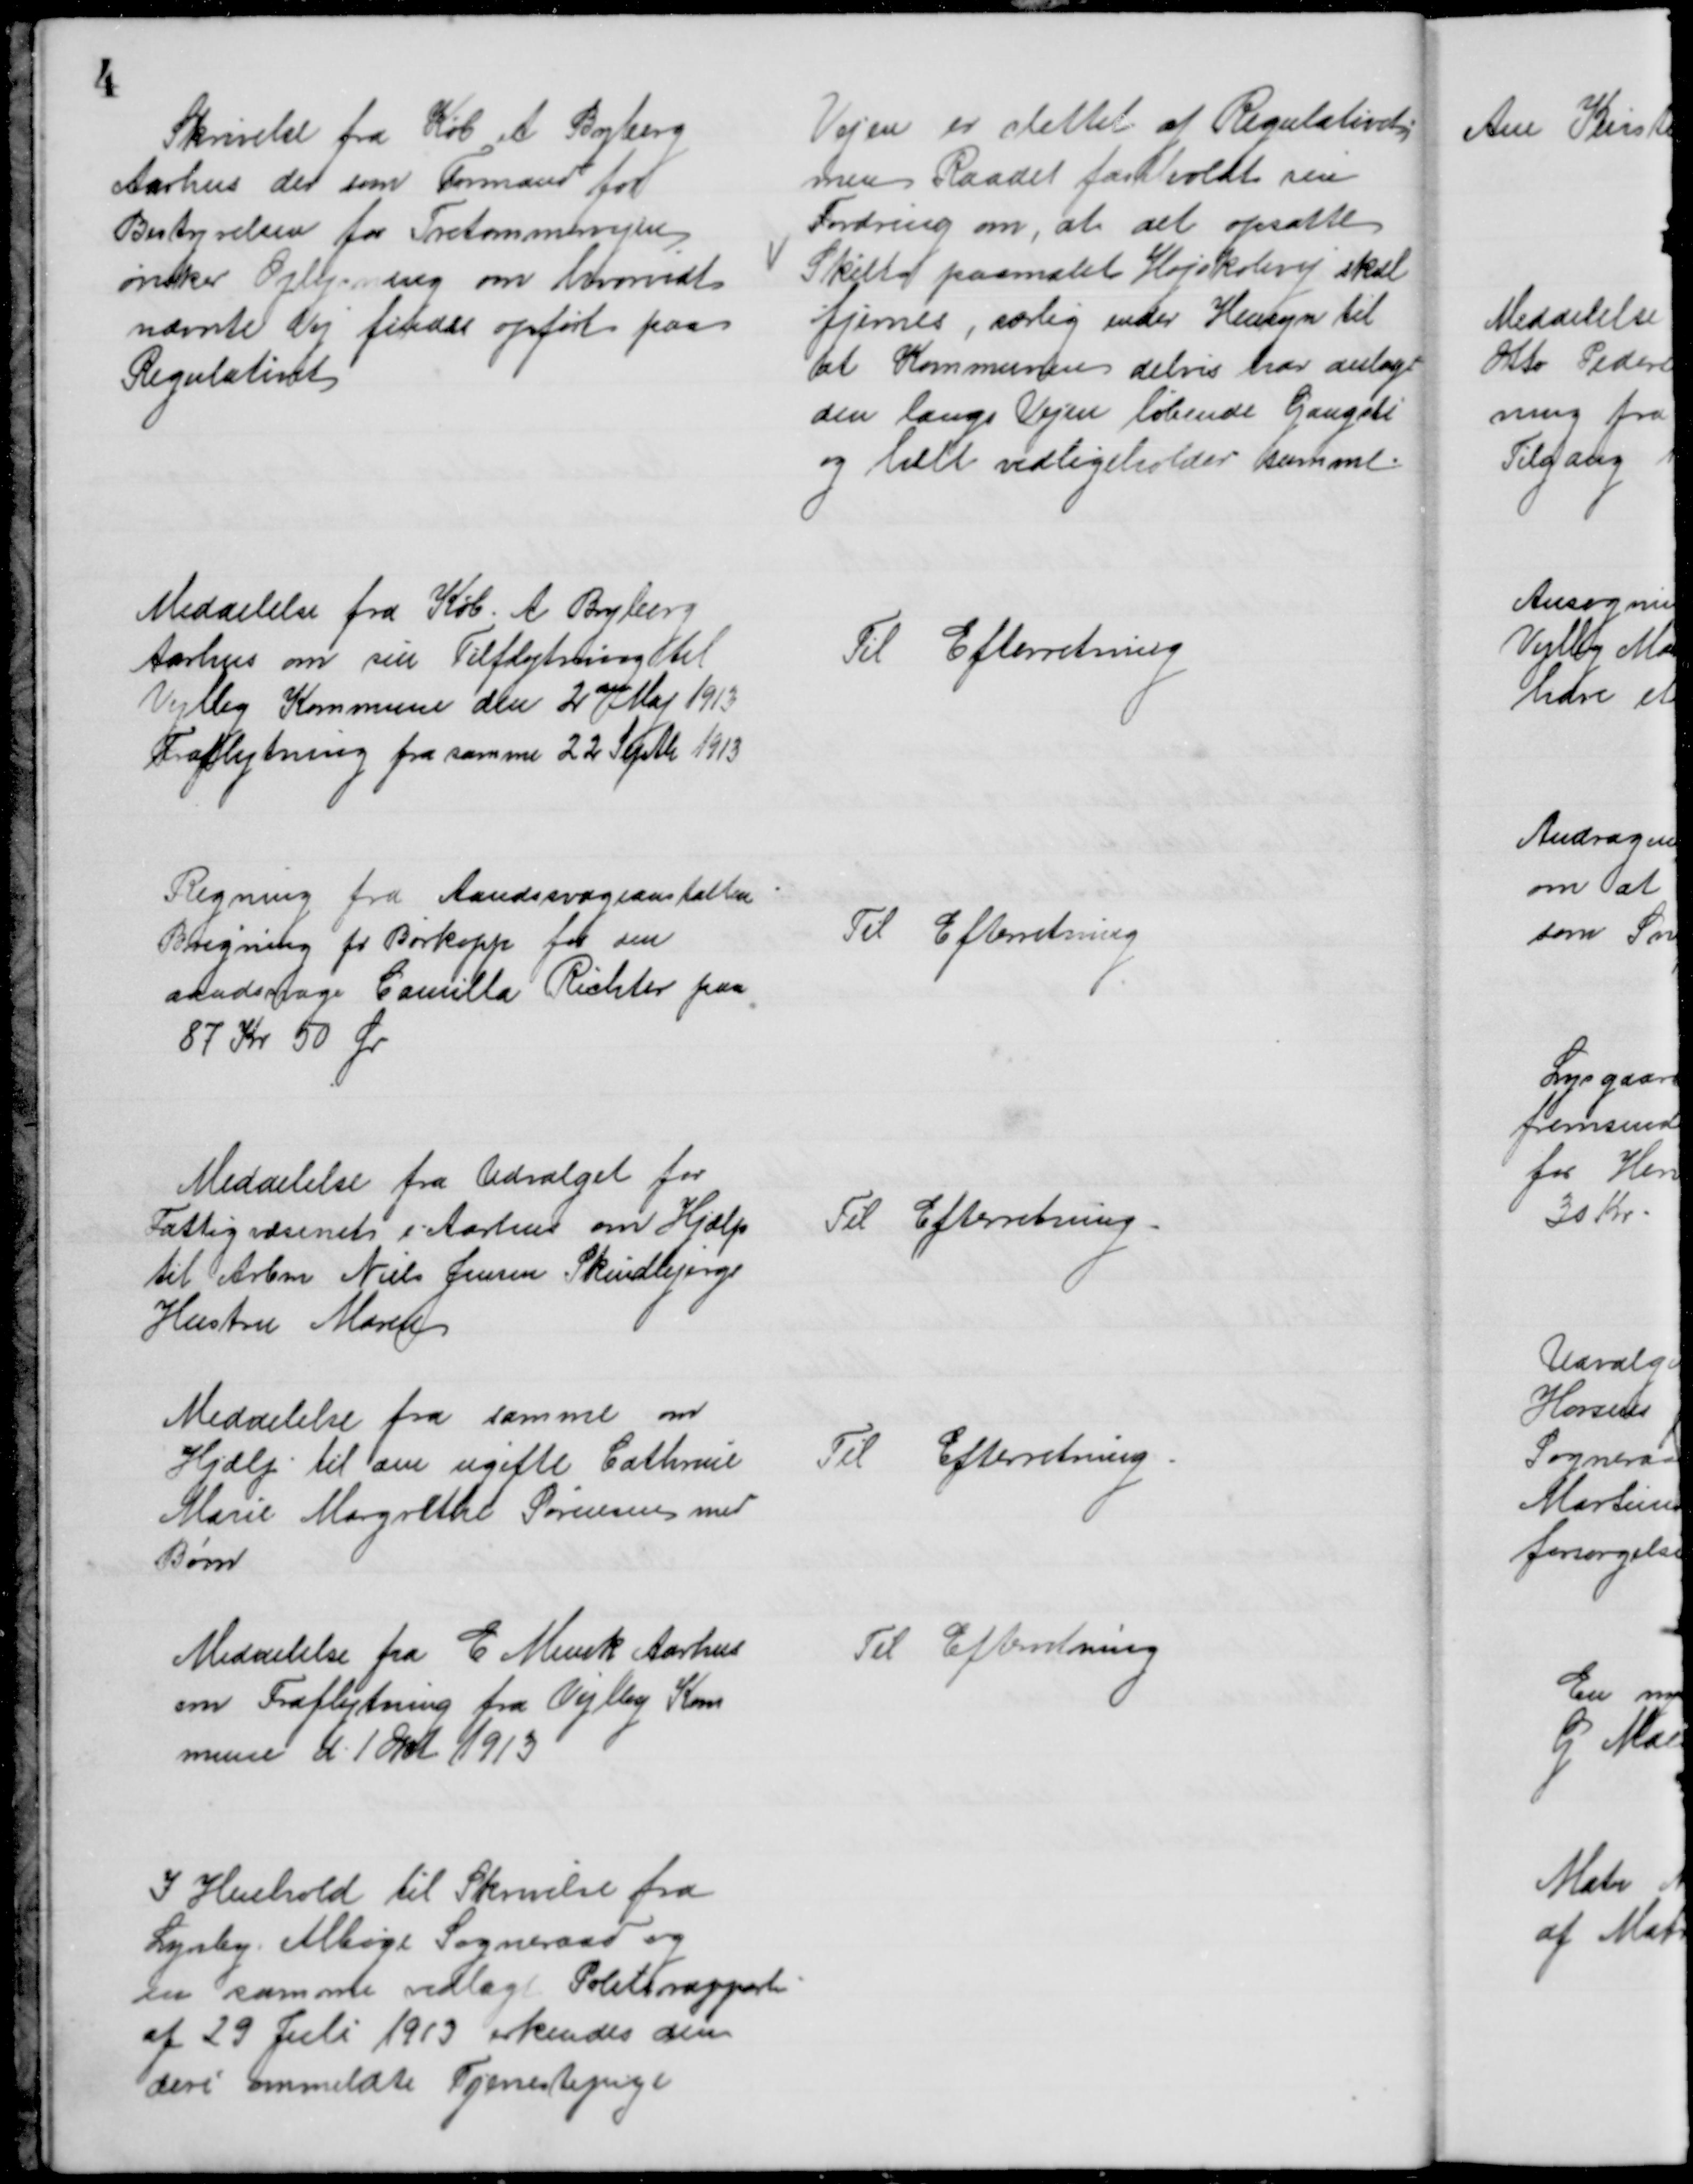
Transskription:
Skrivelse fra Køb A Byberg
Aarhus der som Formand for
Bestyrelsen for Tretommervejen
ønsker Oplysning om hvorvidt
nævnte Vej findes opført paa
Regulativet
Vejen er slettet af Regulativet
men Raadet fastholdt sin
Fordring om, at det opsatte
Skilt paamalet Højskolevej skal
fjernes, særlig under Hensyn til
at Kommunen delvis har anlagt
den langs Vejen løbende Gangsti
og helt vedligeholder samme.
Meddelelse fra Køb. A. Byberg
Aarhus om sin Tilflytning til
Vejlby Kommune den 2den Maj 1913
Fraflytning fra samme 22 Septbr 1913
Til Efterretning
Regning fra Aandssvageanstalten
Brejning pr Børkopp for den
aandsvage Camilla Richter paa
87 Kr 50 Øre
Til Efterretning
Meddelelse fra Udvalget for
Fattigvæsenet i Aarhus om Hjælp
til Arbm Niels Jensen Skindbjergs
Hustru Maren
Til Efterretning.
Meddelelse fra samme om
Hjælp til den ugifte Cathrine
Marie Margrethe Sørensen med
Børn
Til Efterretning
Meddelelse fra E. Munk Aarhus
om Fraflytning fra Vejlby Kom
mune d. 1 Okt 1913
Til Efterretning
I Henhold til Skrivelse fra
Lynby - Albøge Sogneraad og
en samme vedlagt Politirapport
af 29 Juli 1913 erkendes den
deri ommeldte Tjenestepige